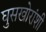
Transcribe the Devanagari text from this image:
घुसखोरांशी